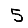
Digit: 5